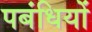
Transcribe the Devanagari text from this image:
पबंधियों